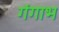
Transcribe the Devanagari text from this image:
गंगाभ